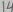
Text: 14